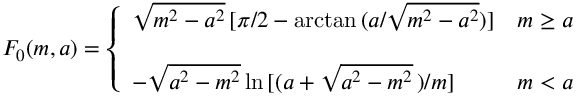
F _ { 0 } ( m , a ) = \left\{ \begin{array} { l l } { { \sqrt { m ^ { 2 } - a ^ { 2 } } \, [ \pi / 2 - \mathrm { a r c t a n } \, ( a / \sqrt { m ^ { 2 } - a ^ { 2 } } ) ] } } & { { m \geq a } } \\ { { } } & { { } } \\ { { - \sqrt { a ^ { 2 } - m ^ { 2 } } \, \mathrm { l n } \, [ ( a + \sqrt { a ^ { 2 } - m ^ { 2 } } \, ) / m ] } } & { { m < a } } \end{array} \right.